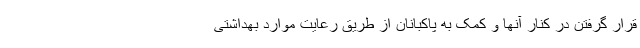
قرار گرفتن در کنار آنها و کمک به پاکبانان از طریق رعایت موارد بهداشتی